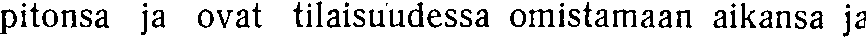
pitonsa ja ovat tilaisuudessa omistamaan aikansa ja